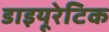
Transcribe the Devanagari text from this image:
डाइयूरेटिक